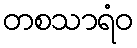
တစသာရံဝ